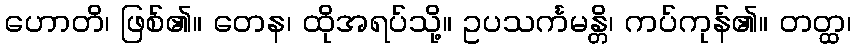
ဟောတိ၊ ဖြစ်၏။ တေန၊ ထိုအရပ်သို့။ ဥပသင်္ကမန္တိ၊ ကပ်ကုန်၏။ တတ္ထ၊